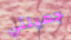
جميلتي